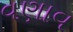
વણાવ